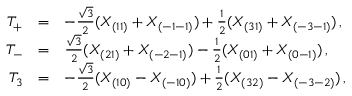
\begin{array} { r c l } { { T _ { + } } } & { { = } } & { { - { \frac { \sqrt 3 } { 2 } } ( X _ { ( 1 1 ) } + X _ { ( - 1 - 1 ) } ) + { \frac { 1 } { 2 } } ( X _ { ( 3 1 ) } + X _ { ( - 3 - 1 ) } ) \, , } } \\ { { T _ { - } } } & { { = } } & { { { \frac { \sqrt 3 } { 2 } } ( X _ { ( 2 1 ) } + X _ { ( - 2 - 1 ) } ) - { \frac { 1 } { 2 } } ( X _ { ( 0 1 ) } + X _ { ( 0 - 1 ) } ) \, , } } \\ { { T _ { 3 } } } & { { = } } & { { - { \frac { \sqrt { 3 } } { 2 } } ( X _ { ( 1 0 ) } - X _ { ( - 1 0 ) } ) + { \frac { 1 } { 2 } } ( X _ { ( 3 2 ) } - X _ { ( - 3 - 2 ) } ) \, , } } \end{array}